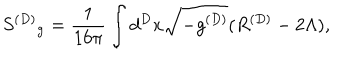
{ S ^ { ( D ) } } _ { \mathrm { g } } = \frac { 1 } { 1 6 \pi } \int d ^ { D } x \sqrt { - g ^ { ( D ) } } ( R ^ { ( D ) } - 2 \Lambda ) ,